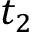
t _ { 2 }